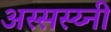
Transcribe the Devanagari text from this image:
अस्सस्य्नी